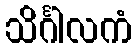
သိင်္ဂါလကံ